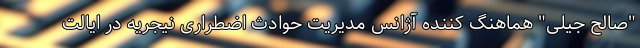
"صالح جیلی" هماهنگ کننده آژانس مدیریت حوادث اضطراری نیجریه در ایالت